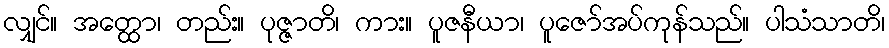
လျှင်။ အတ္ထော၊ တည်း။ ပုဇ္ဇာတိ၊ ကား။ ပူဇနီယာ၊ ပူဇော်အပ်ကုန်သည်။ ပါသံသာတိ၊